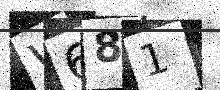
Text: W681